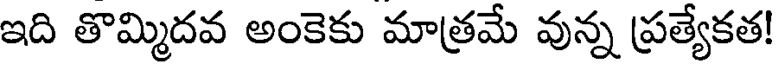
ఇది తొమ్మిదవ అంకెకు మాత్రమే వున్న ప్రత్యేకత!